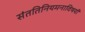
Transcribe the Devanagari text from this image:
संततिनियमनाविषयी